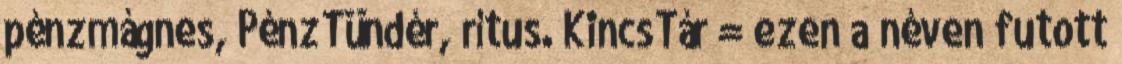
pénzmágnes, PénzTündér, rítus. KincsTár = ezen a néven futott